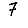
Digit: 7